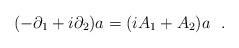
LaTeX: \begin{align*} (-\partial_{1}+i\partial_{2})a =(iA_{1}+A_{2})a~~.\end{align*}